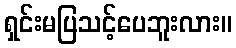
ရှင်းမပြသင့်ပေဘူးလား။